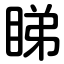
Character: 睇